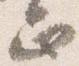
正